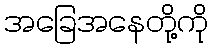
အခြေအနေတို့ကို